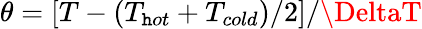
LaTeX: \theta=[T-(T_{\mathtt{h}ot}+T_{cold})/2]/\DeltaT